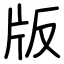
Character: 版